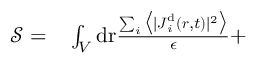
\begin{array} { r l } { { \mathcal { S } } = } & { { } \int _ { V } \mathrm { d } \mathbf { { \boldsymbol { r } } } \frac { \sum _ { i } \big \langle \vert { { \boldsymbol { J } } } _ { i } ^ { \mathrm { d } } ( { \boldsymbol { r } } , t ) \vert ^ { 2 } \big \rangle } { \epsilon } + } \end{array}